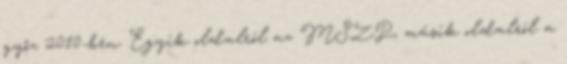
győz 2010-ben. Egyik oldalról az MSZP, másik oldalról a